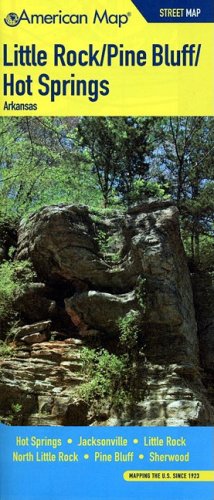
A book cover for Little Rock Pine Bluff Hot Springs AR Pocket Map; American Map; Travel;